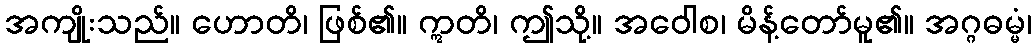
အကျိုးသည်။ ဟောတိ၊ ဖြစ်၏။ ဣတိ၊ ဤသို့။ အဝေါစ၊ မိန့်တော်မူ၏။ အဂ္ဂဓမ္မံ၊